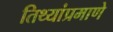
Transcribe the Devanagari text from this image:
तिथ्यांप्रमाणे